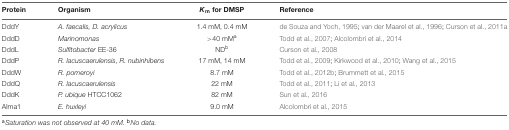
<table><thead><tr><td><b>Protein</b></td><td><b>Organism</b></td><td><b><i>K</i><sub>m</sub> for DMSP</b></td><td><b>Reference</b></td></tr></thead><tbody><tr><td>DddY</td><td><i>A. faecalis, D. acrylicus</i></td><td>1.4 mM, 0.4 mM</td><td>de Souza and Yoch, 1995; van der Maarel et al., 1996; Curson et al., 2011a</td></tr><tr><td>DddD</td><td><i>Marinomonas</i></td><td>&gt;40 mM<sup>a</sup></td><td>Todd et al., 2007; Alcolombri et al., 2014</td></tr><tr><td>DddL</td><td><i>Sulfitobacter</i> EE-36</td><td>ND<sup>b</sup></td><td>Curson et al., 2008</td></tr><tr><td>DddP</td><td><i>R. lacuscaerulensis, R. nubinhibens</i></td><td>17 mM, 14 mM</td><td>Todd et al., 2009; Kirkwood et al., 2010; Wang et al., 2015</td></tr><tr><td>DddW</td><td><i>R. pomeroyi</i></td><td>8.7 mM</td><td>Todd et al., 2012b; Brummett et al., 2015</td></tr><tr><td>DddQ</td><td><i>R. lacuscaerulensis</i></td><td>22 mM</td><td>Todd et al., 2011; Li et al., 2013</td></tr><tr><td>DddK</td><td><i>P. ubique</i> HTCC1062</td><td>82 mM</td><td>Sun et al., 2016</td></tr><tr><td>Alma1</td><td><i>E. huxleyi</i></td><td>9.0 mM</td><td>Alcolombri et al., 2015</td></tr></tbody></table>